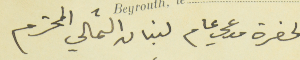
لحضرة مدعي عام لبنان الشمالي المحترم